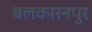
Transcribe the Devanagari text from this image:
बलकारनपुर